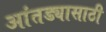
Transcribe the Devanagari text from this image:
आंतड्यासाठी